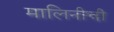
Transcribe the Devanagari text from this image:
मालिनीची